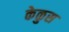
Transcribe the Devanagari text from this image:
केळुस